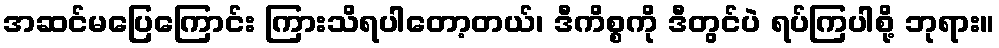
အဆင်မပြေကြောင်း ကြားသိရပါတော့တယ်၊ ဒီကိစ္စကို ဒီတွင်ပဲ ရပ်ကြပါစို့ ဘုရား။